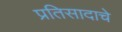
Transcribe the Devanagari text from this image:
प्रतिसादाचे